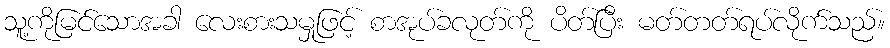
သူ့ကိုမြင်သောအခါ လေးစားသမှုဖြင့် စာအုပ်ခလုတ်ကို ပိတ်ပြီး မတ်တတ်ရပ်လိုက်သည်။